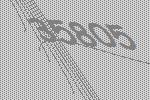
35805